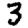
Digit: 3